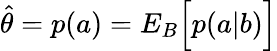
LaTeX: \hat{\theta}=p(a)={E}_{B}\Big[p(a|b)\Big]